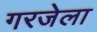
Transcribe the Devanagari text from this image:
गरजेला